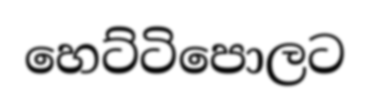
හෙට්ටිපොලට